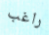
راغب